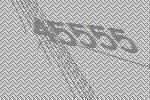
45555